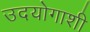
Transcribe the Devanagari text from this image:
उदयोगाशी